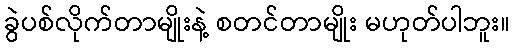
ခွဲပစ်လိုက်တာမျိုးနဲ့ စတင်တာမျိုး မဟုတ်ပါဘူး။